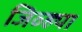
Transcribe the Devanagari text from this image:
जिव्ह्या